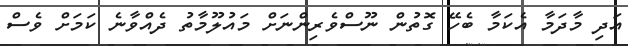
އަދި މާދަމާ އެކަމާ ބެހޭ ގޮތުން ނޫސްވެރިންނަށް މައުލޫމާތު ދެއްވާނެ ކަމަށް ވެސް